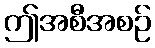
ဤအစီအစဉ်